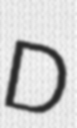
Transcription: D